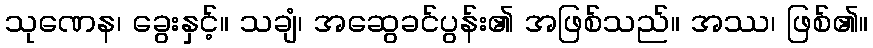
သုဏေန၊ ခွေးနှင့်။ သချံ၊ အဆွေခင်ပွန်း၏ အဖြစ်သည်။ အဿ၊ ဖြစ်၏။